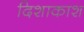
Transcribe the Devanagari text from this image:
दिशाकाश